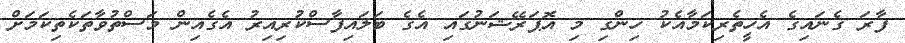
ފާރަ ގެނައިގެ އެހީތެރިކަމާއެކު ހިންގި މި އޮޕަރޭޝަނުގައި އެގެ ބަލައިފާސްކުރިއިރު އެގެއިން މަސްތުވާތަކެތިކަމަށް